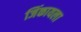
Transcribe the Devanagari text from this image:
जिंकायला